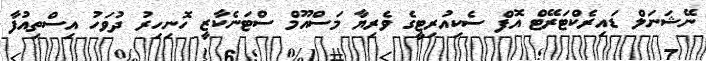
ނޭޝަނަލް ޑައިރެކްޓަރޭޓް އޮފް ސެކިއުރިޓީގެ ވެރިޔާ މަސްއޫމް ސްޓަނެކާޒީ ހޮނިހިރު ދުވަހު އިސްތިއުފާ